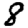
Digit: 8